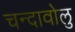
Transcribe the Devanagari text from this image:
चन्दावोलु